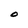
Character: O